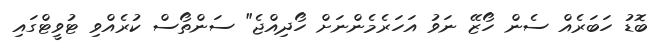
ބޮޑު ހަބަރެއް ސެން ހޯޒޭ ނަވު އަހަރެމެންނަށް ހޯދިއްޖެ" ސަންތޯސް ކުރެއްވި ޓުވީޓްގައި